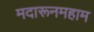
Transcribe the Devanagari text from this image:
मदारूनमहाम